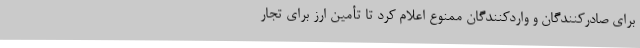
برای صادرکنندگان و واردکنندگان ممنوع اعلام کرد تا تأمین ارز برای تجار